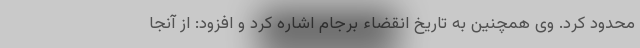
محدود کرد. وی همچنین به تاریخ انقضاء برجام اشاره کرد و افزود: از آنجا